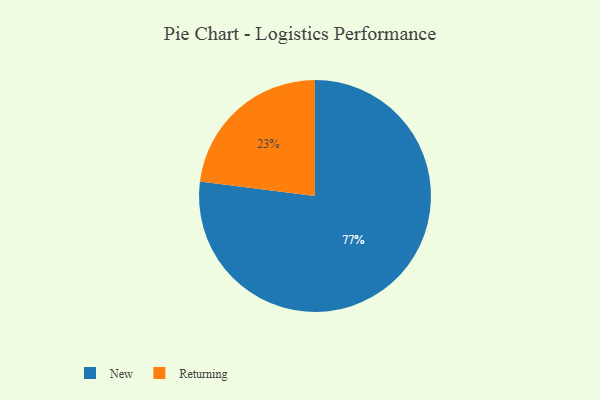
{"axis": {"x": "Category", "y": "Percentage"}, "legend": ["New", "Returning"], "data": [{"x": "New", "y": 77, "type": "New"}, {"x": "Returning", "y": 23, "type": "Returning"}]}